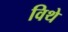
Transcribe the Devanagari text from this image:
विथे